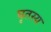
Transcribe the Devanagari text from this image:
घृतस्य